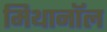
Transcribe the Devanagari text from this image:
मिथानॉल